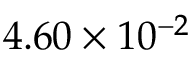
4 . 6 0 \times 1 0 ^ { - 2 }